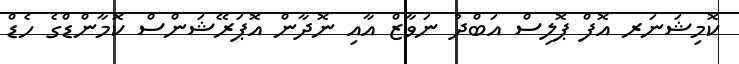
ކޮމިޝަނަރ އޮފް ޕޮލިސް އަބްދު ނަވާޒް އާއި ނޮދާން އޮޕަރޭޝަންސް ކޮމާންޑްގެ ހެޑް